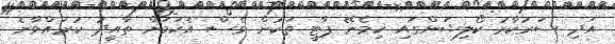
އަދި ސަރުކާރު ކޯލިޝަންގައި ހިމެނޭ ޕާޓީ ތަކުން ވެސް އެކަމަށް ތާއީދު ކުރައްވާނެ